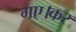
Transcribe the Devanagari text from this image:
गए।कर